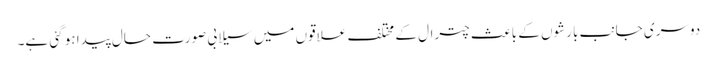
دوسری جانب بارشوں کے باعث چترال کے مختلف علاقوں میں سیلابی صورت حال پیدا ہو گئی ہے۔